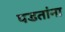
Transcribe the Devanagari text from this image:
पडतांना